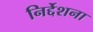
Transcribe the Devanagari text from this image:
निर्द्देशना